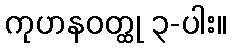
ကုဟနဝတ္ထု ၃-ပါး။